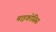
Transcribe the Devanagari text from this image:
माइकोसिस